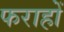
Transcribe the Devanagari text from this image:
फराहों